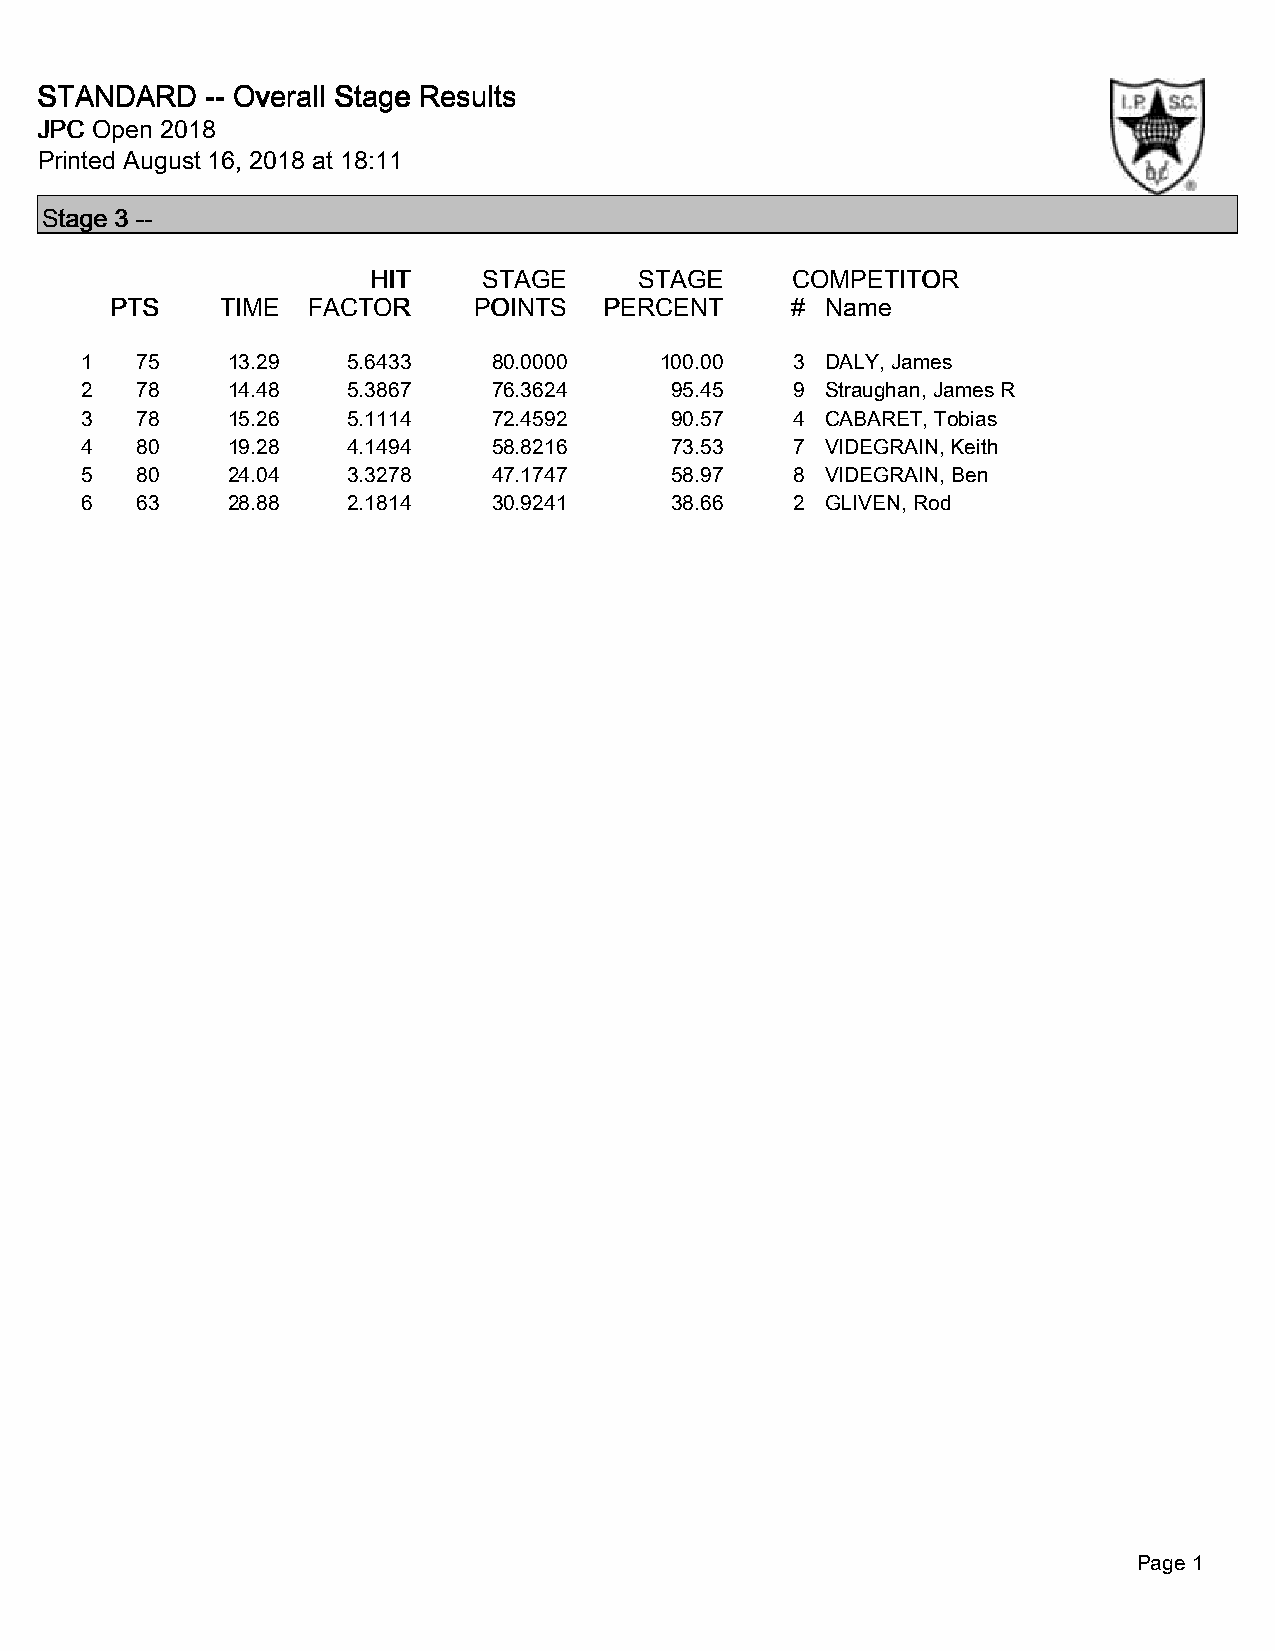
SSSSTTTTAAAANNNNDDDDAAAARRRRDDDD -------- OOOOvvvveeeerrrraaaallllllll SSSSttttaaaaggggeeee RRRReeeessssuuuullllttttssss
 JJJJPPPPCCCC OOOOppppeeeennnn 2222000011118888
 Printed August 16, 2018 at 18:11
 SSSSttttaaaaggggeeee 3333 --------
 HHHHIIIITTTT SSSSTTTTAAAAGGGGEEEE SSSSTTTTAAAAGGGGEEEE CCCCOOOOMMMMPPPPEEEETTTTIIIITTTTOOOORRRR
 PPPPTTTTSSSS TTTTIIIIMMMMEEEE FFFFAAAACCCCTTTTOOOORRRR PPPPOOOOIIIINNNNTTTTSSSS PPPPEEEERRRRCCCCEEEENNNNTTTT #### NNNNaaaammmmeeee
 1   75    13.29   5.6433    80.0000    100.00   3 DALY, James
 2   78    14.48   5.3867    76.3624    95.45    9 Straughan, James R
 3   78    15.26   5.1114    72.4592    90.57    4 CABARET, Tobias
 4   80    19.28   4.1494    58.8216    73.53    7 VIDEGRAIN, Keith
 5   80    24.04   3.3278    47.1747    58.97    8 VIDEGRAIN, Ben
 6   63    28.88   2.1814    30.9241    38.66    2 GLIVEN, Rod
 Page 1